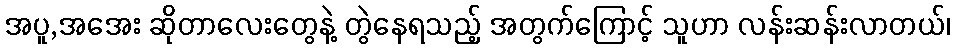
အပူ,အအေး ဆိုတာလေးတွေနဲ့ တွဲနေရသည့် အတွက်ကြောင့် သူဟာ လန်းဆန်းလာတယ်၊